65_HS1-834228961_62-HQ-83894_SUB_A
Agency: FBI
Page 122
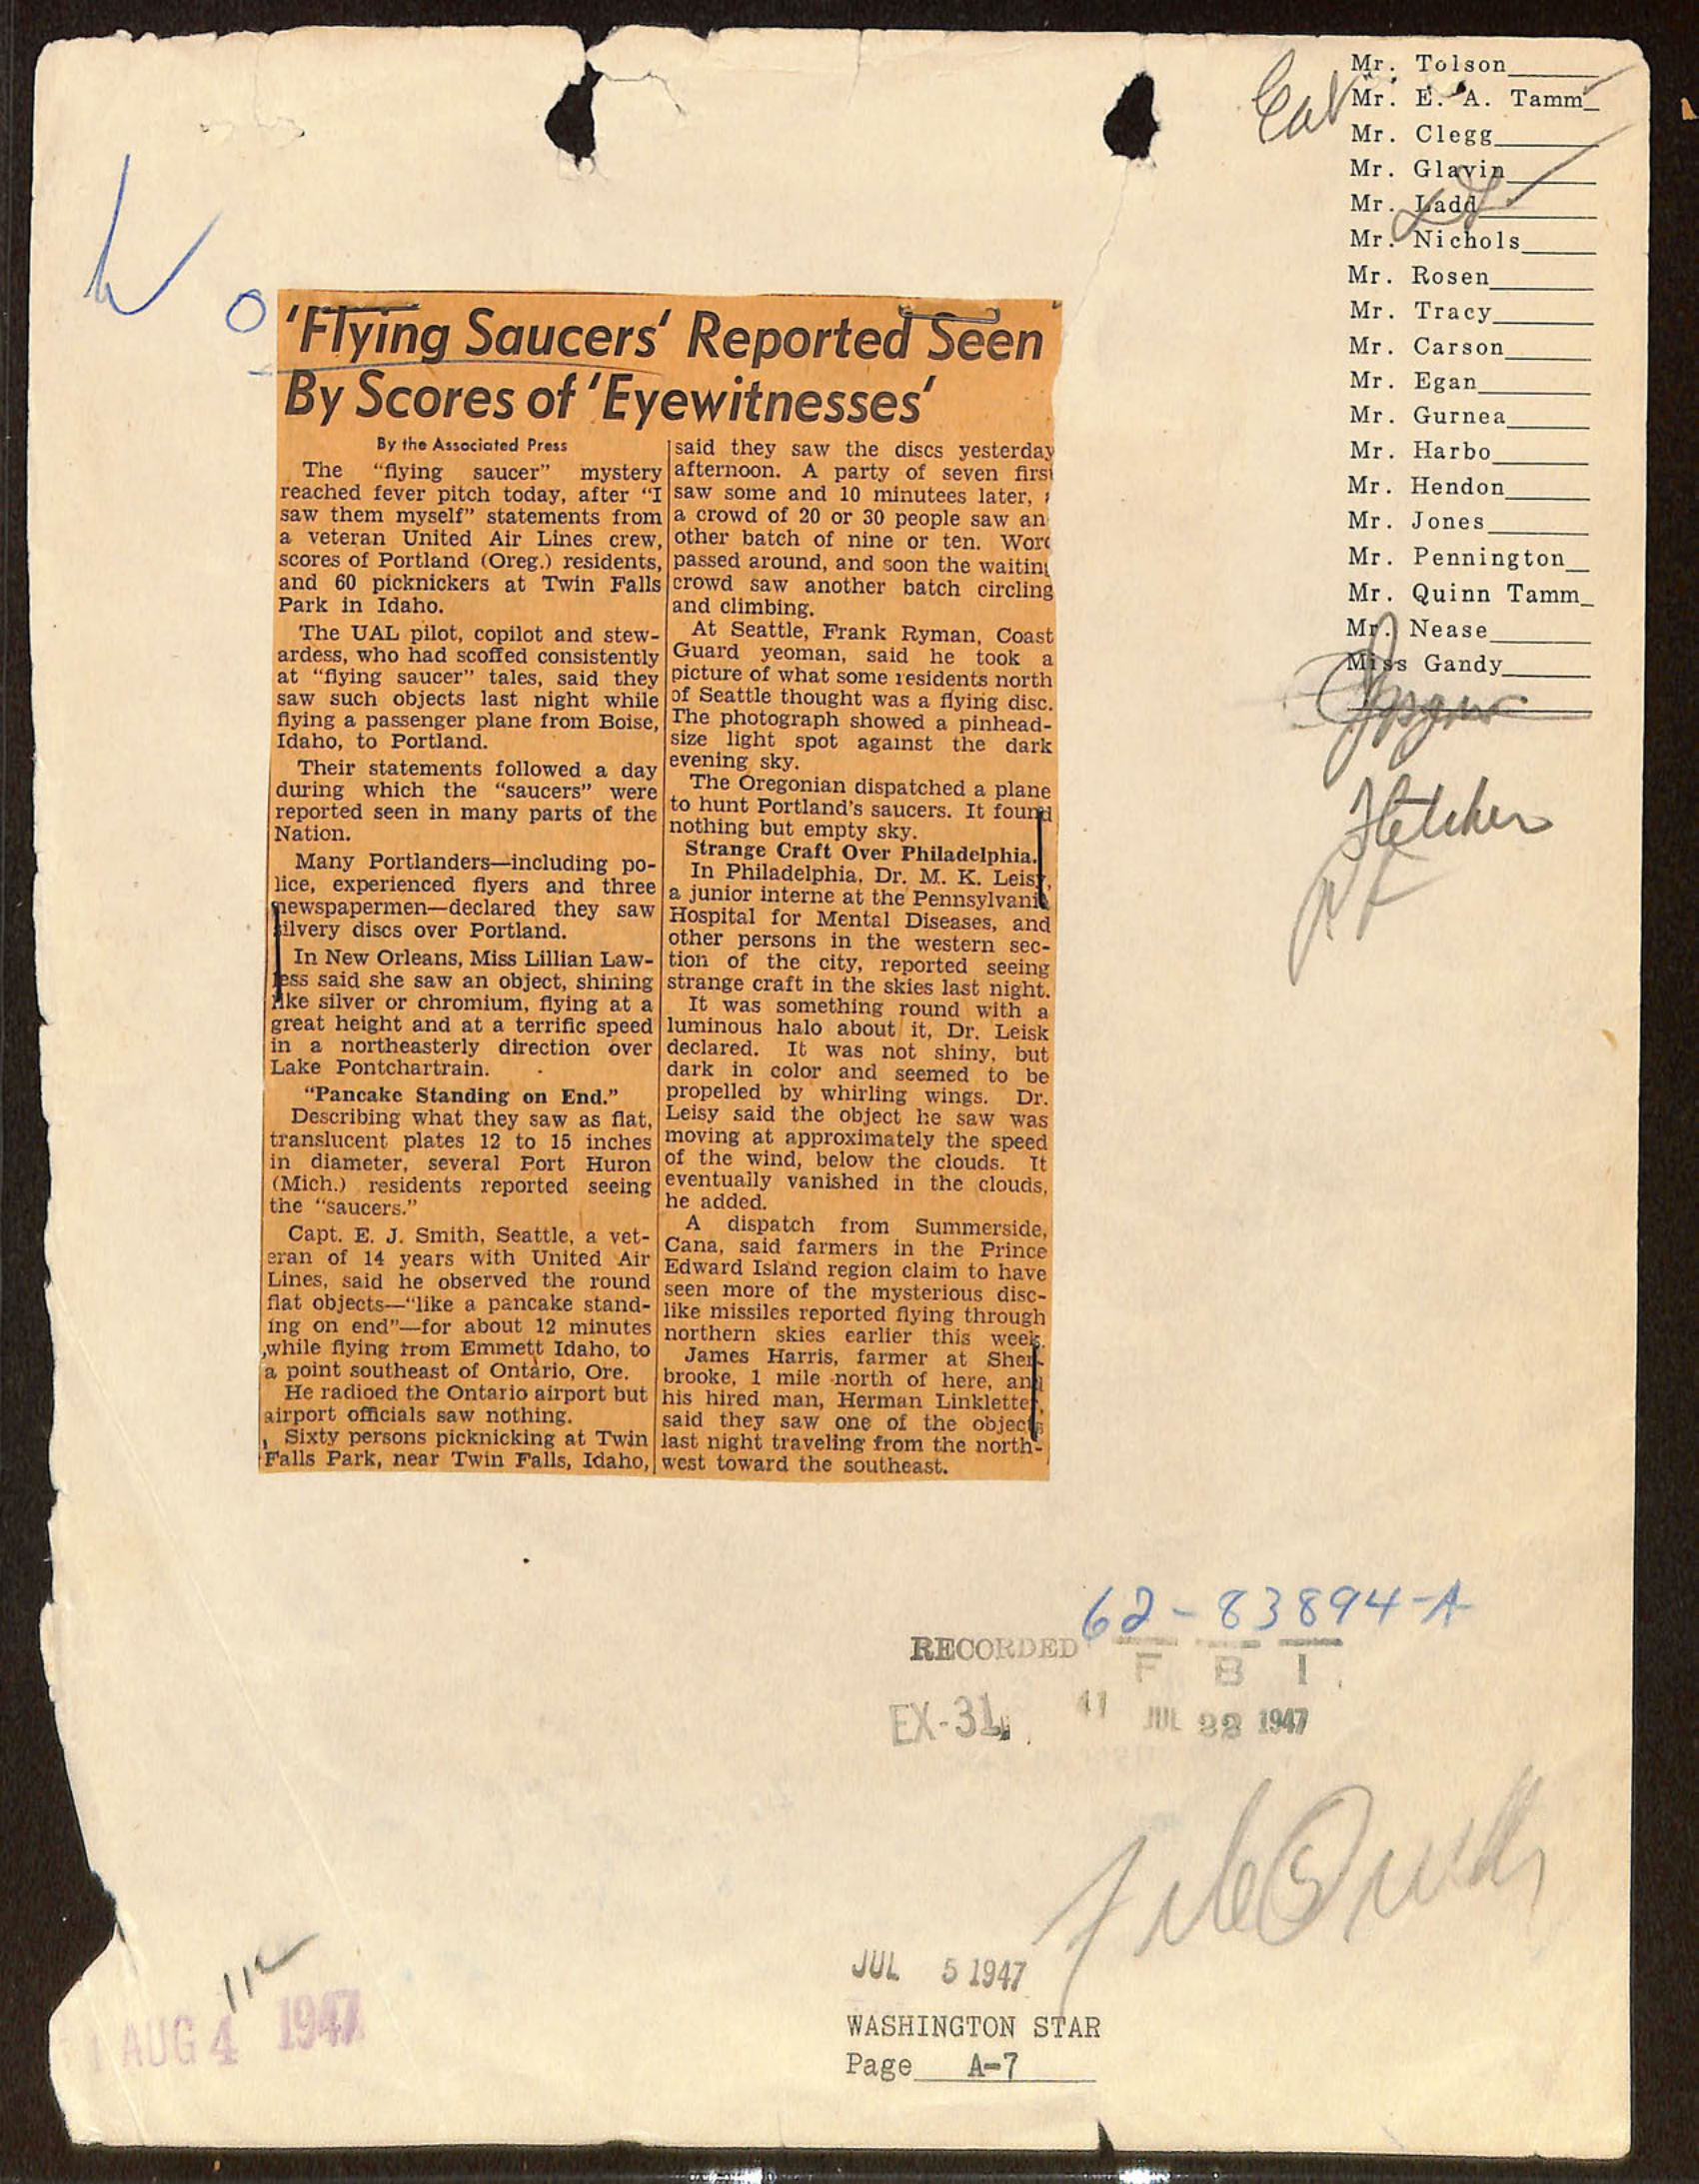